Report of the Municipal Commissioner on the plague in Bombay for the year ending 31st May... - Volume 3
Disease focus: Plague
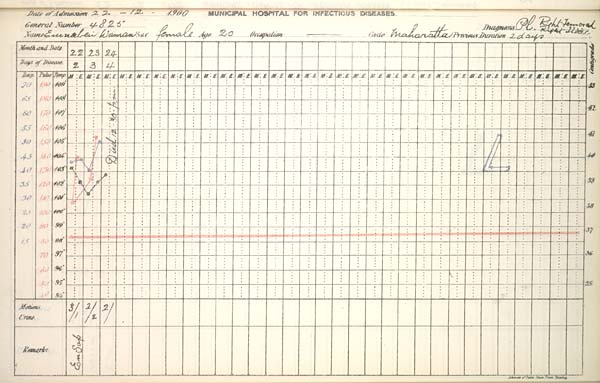
Date
of
Admission
1900
MUNICIPAL
HOSPITAL
FOR
INFECTIOUS
DISEASES.
General
Number
Diagnosis
Name
Sex
Age
Occupation
Caste
Previous
Duration